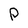
Character: P